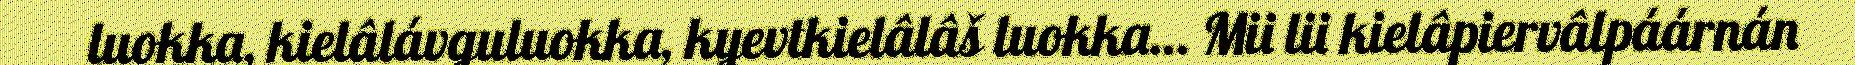
luokka, kielâlávguluokka, kyevtkielâlâš luokka… Mii lii kielâpiervâlpáárnán